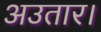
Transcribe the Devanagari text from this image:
अउतार।